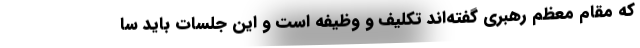
که مقام معظم رهبری گفته‌اند تکلیف و وظیفه است و این جلسات باید سا